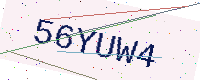
Text: 56YUW4